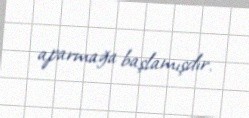
aparmağa başlamışdır.